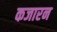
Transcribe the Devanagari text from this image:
कजारन